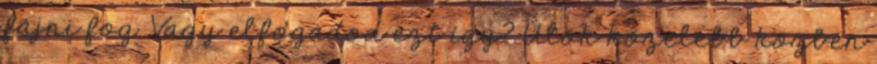
fájni fog. Vagy elfogadod ezt így? Ülök közelebb közben